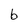
Character: b